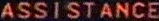
ASSISTANCE